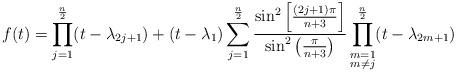
LaTeX: \begin{align*}f(t) = \prod_{\substack{j=1}}^{\frac{n}{2}} (t - \lambda_{2j+1}) + (t - \lambda_{1}) \sum_{j=1}^{\frac{n}{2}} \frac{\sin^{2} \left[\frac{(2j + 1)\pi}{n + 3} \right]}{\sin^{2} \left(\frac{\pi}{n + 3} \right)} \prod_{\substack{\substack{m=1 \\ m \neq j}}}^{\frac{n}{2}} (t - \lambda_{2m+1})\end{align*}